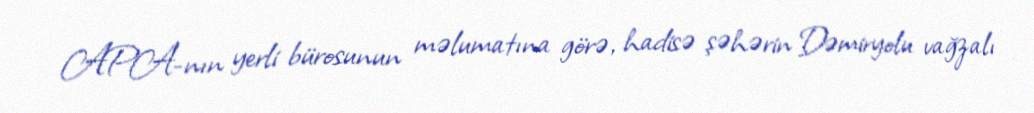
APA-nın yerli bürosunun məlumatına görə, hadisə şəhərin Dəmiryolu vağzalı